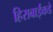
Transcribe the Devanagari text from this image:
हिराबाईंकडे